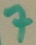
Text: 7